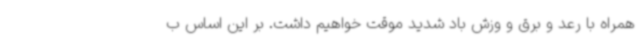
همراه با رعد و برق و وزش باد شدید موقت خواهیم داشت. بر این اساس ب